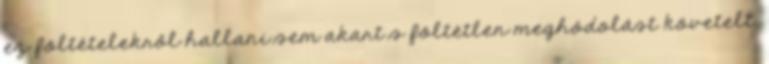
ez föltételekről hallani sem akart s föltétlen meghódolást követelt.